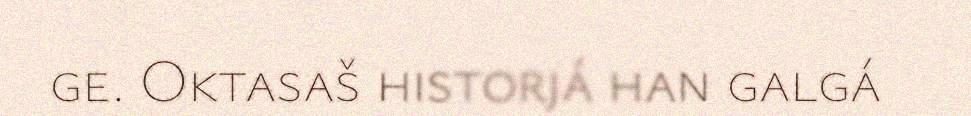
ge. Oktasaš historjá han galgá